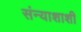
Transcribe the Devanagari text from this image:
संन्याशाशी